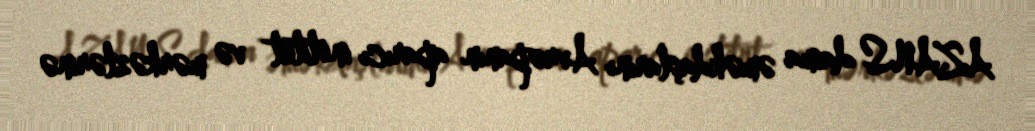
AZANS daima əməkdaşlarını Avropanın aparıcı institut və mərkəzlərinə